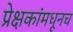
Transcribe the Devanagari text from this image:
प्रेक्षकांमधूनच